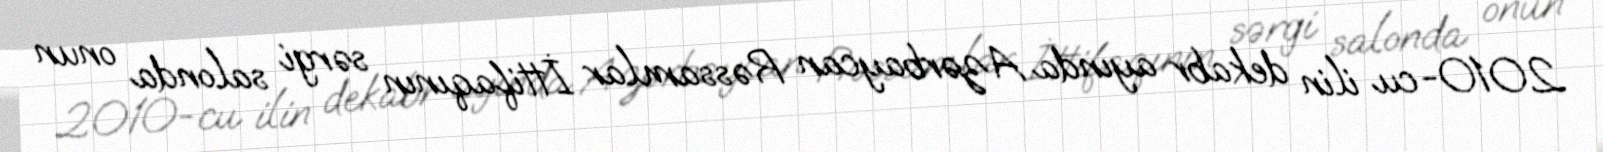
2010-cu ilin dekabr ayında Azərbaycan Rəssamlar İttifaqının sərgi salonda onun